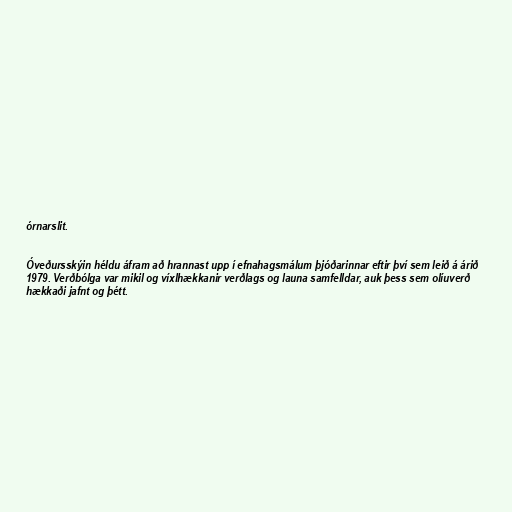
órnarslit.

Óveðursskýin héldu áfram að hrannast upp í efnahagsmálum þjóðarinnar eftir því sem leið á árið
1979. Verðbólga var mikil og víxlhækkanir verðlags og launa samfelldar, auk þess sem olíuverð
hækkaði jafnt og þétt.